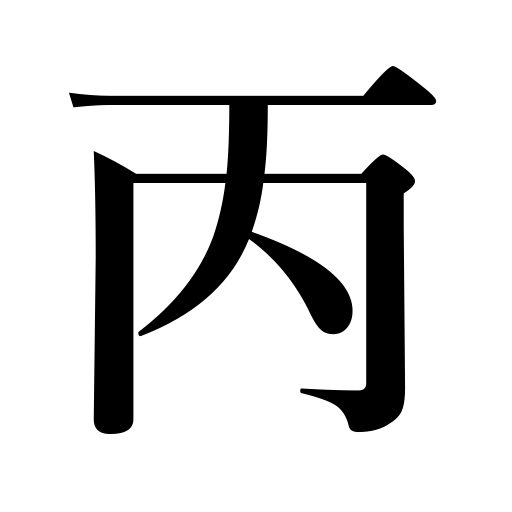
Meanings: C,third